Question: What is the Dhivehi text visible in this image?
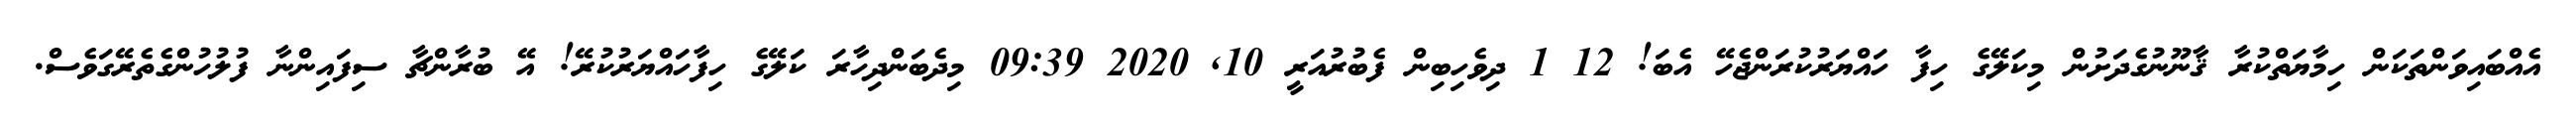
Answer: އެއްބައިވަންތަކަން ހިމާޔަތްކުރާ ޤާނޫނުގެދަށުން މިކަލޭގެ ހިފާ ހައްޔަރުކުރަންޖެހޭ އެބަ! 12 1 ދިވެހިބިން ފެބުރުއަރީ 10, 2020 09:39 މިދެބަންދިހާރަ ކަލޭގެ ހިފާހައްޔަރުކުރޭ! އޭ ބުރާންޗާ ސިފައިންނާ ފުލުހުންގެތެރޭގަވެސް.